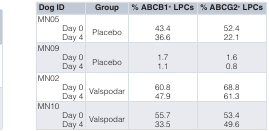
<table><thead><tr><td><b>Dog ID</b></td><td><b>Group</b></td><td><b>% ABCB1<sup>+</sup> LPCs</b></td><td><b>% ABCG2<sup>+</sup> LPCs</b></td></tr></thead><tbody><tr><td>MN05Day 0Day 4</td><td>Placebo</td><td>43.436.6</td><td>52.422.1</td></tr><tr><td>MN09Day 0Day 4</td><td>Placebo</td><td>1.71.1</td><td>1.60.8</td></tr><tr><td>MN02Day 0Day 4</td><td>Valspodar</td><td>60.847.9</td><td>68.861.3</td></tr><tr><td>MN10Day 0Day 4</td><td>Valspodar</td><td>55.733.5</td><td>53.449.6</td></tr></tbody></table>